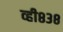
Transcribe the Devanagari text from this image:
व्ही८३८